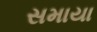
સમાયા